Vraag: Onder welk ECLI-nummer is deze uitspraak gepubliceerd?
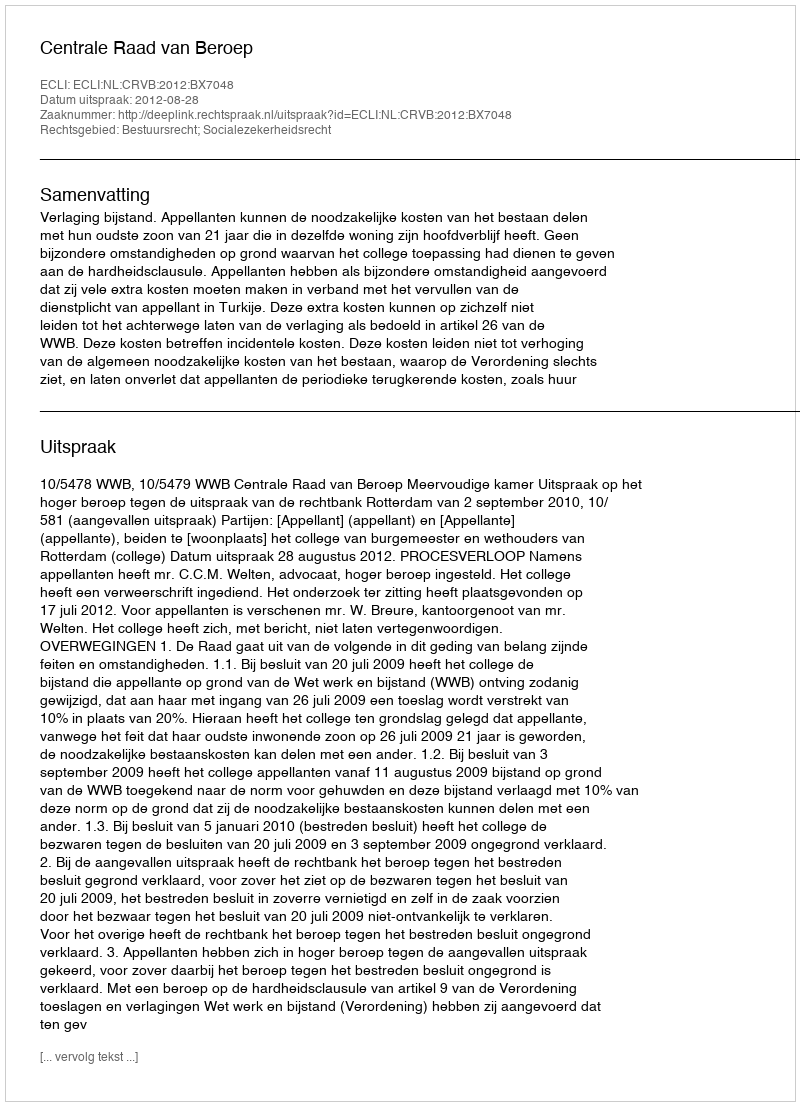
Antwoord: ECLI:NL:CRVB:2012:BX7048